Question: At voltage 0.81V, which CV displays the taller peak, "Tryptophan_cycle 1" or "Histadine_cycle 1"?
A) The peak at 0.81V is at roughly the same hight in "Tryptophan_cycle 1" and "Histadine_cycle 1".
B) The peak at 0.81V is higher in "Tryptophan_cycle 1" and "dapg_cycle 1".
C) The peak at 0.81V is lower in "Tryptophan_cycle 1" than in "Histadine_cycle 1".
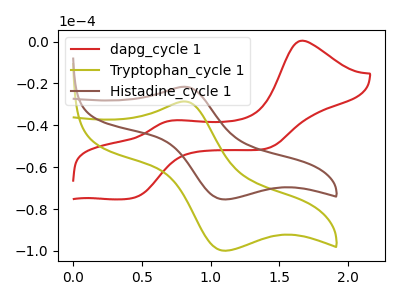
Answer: <think>The red curve "dapg_cycle 1" has anodic peaks at (1.65V, 0.45uA) (0.75V, -37.65uA) and cathodic peaks at (0.45V, -74.55uA) (1.40V, -51.10uA). The olive curve "Tryptophan_cycle 1" has an anodic peak at (0.80V, -28.60uA) and a cathodic peak at (1.10V, -99.95uA). The brown curve "Histadine_cycle 1" has an anodic peak at (0.80V, -21.60uA) and a cathodic peak at (1.10V, -75.45uA).</think>
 <answer>C) The peak at 0.81V is lower in "Tryptophan_cycle 1" than in "Histadine_cycle 1".</answer>
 <eval>C</eval>